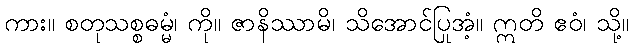
ကား။ စတုသစ္စဓမ္မံ၊ ကို။ ဇာနိဿာမိ၊ သိအောင်ပြုအံ့။ ဣတိ ဧဝံ၊ သို့။